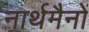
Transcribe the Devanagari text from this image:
नार्थमैनों